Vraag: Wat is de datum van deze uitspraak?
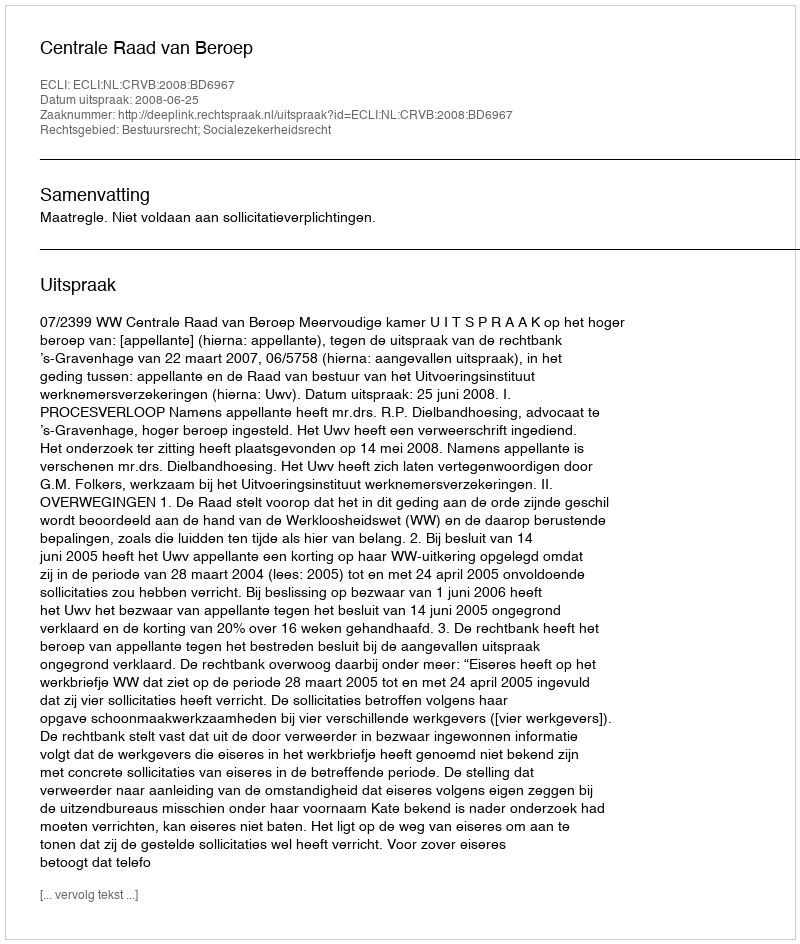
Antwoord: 2008-06-25